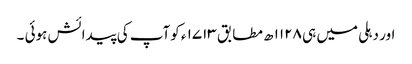
اور دہلی میں ہی ۱۱۲۸ ھ مطابق ۱۷۱۳ ء کوآپ کی پیدائش ہوئی ۔